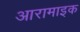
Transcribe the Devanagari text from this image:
आरामाइक